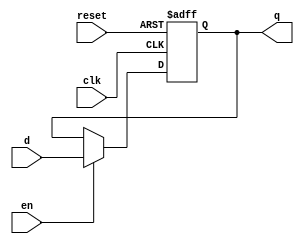
module d_ff_reset_en (
    input wire clk,
    input wire reset,
    input wire en,
    input wire d,
    output reg q
);

reg r_next, r_reg;

//memory/register/d_ff
always @(posedge clk, posedge reset) 
begin
    if (reset)
        r_reg <= 1'b0;
    else
        r_reg <= r_next;   
end

//next state logic
always @(*) 
begin
    if (en)
        r_next = d;
    else
        r_next = r_reg;    
end

//output logic
always @(*) begin
    q = r_reg;
end

endmodule